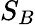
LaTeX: S_{B}